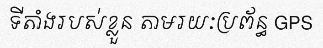
ទីតាំងរបស់ខ្លួន តាមរយៈប្រព័ន្ធ GPS